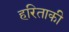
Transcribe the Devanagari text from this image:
हरिताकी